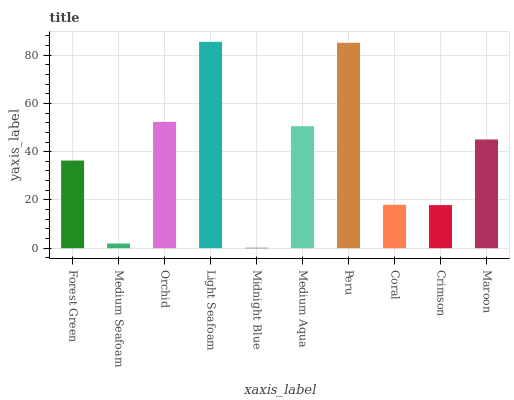
| xaxis_label | bars |
 | --- | --- |
 | Forest Green | 36.3 |
 | Medium Seafoam | 1.93 |
 | Orchid | 52.3 |
 | Light Seafoam | 85.5 |
 | Midnight Blue | 0.158 |
 | Medium Aqua | 50.6 |
 | Peru | 85.1 |
 | Coral | 18 |
 | Crimson | 17.9 |
 | Maroon | 45.1 |